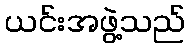
ယင်းအဖွဲ့သည်